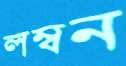
লম্বন